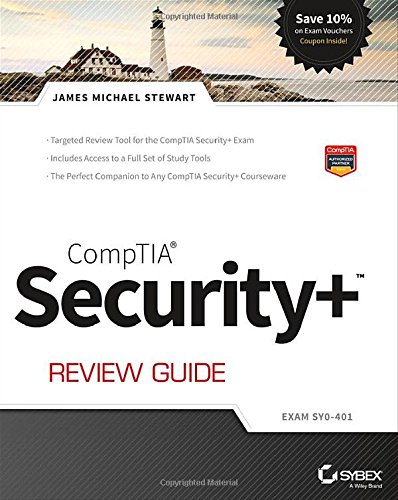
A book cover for CompTIA Security+ Review Guide: Exam SY0-401; James M. Stewart; Computers & Technology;